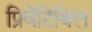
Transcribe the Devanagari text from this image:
प्रिवेंटिबिल